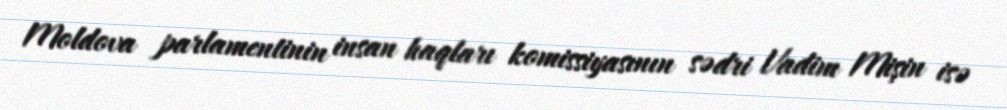
Moldova parlamentinin insan haqları komissiyasının sədri Vadim Mişin isə